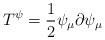
LaTeX: \begin{align*}T^{\psi}=\frac{1}{2}\psi_{\mu}\partial \psi_{\mu}\end{align*}